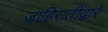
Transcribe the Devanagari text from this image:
जाहिरातींद्वारे